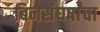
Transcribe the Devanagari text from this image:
बिनसंघर्षांचा